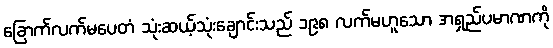
ခြောက်လက်မပေတံ သုံးဆယ့်သုံးချောင်းသည် ၁၉၈ လက်မဟူသော အရှည်ပမာဏကို